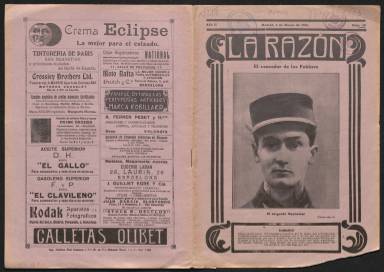
Título: La Razón (Madrid. 1915)
Colección: Revistas de información general
Ámbito geográfico: Madrid
Lugar de publicación: Madrid
Fechas: 05/03/1916-23/03/1919